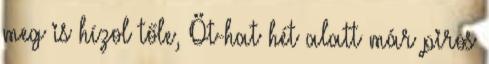
meg is hízol tőle, Öt-hat hét alatt már piros